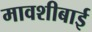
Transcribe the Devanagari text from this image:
मावशीबाई